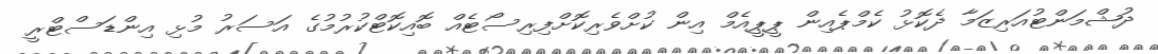
ދުޝްމަންޓުއަރިޒަމާ ދެކޮޅު ކެމްޕެއިން ޕީޕީއެމް އިން ކުށްވެރިކޮށްފިރިސޯޓެއް ބޮއިކޮޓްކުރުމުގެ އަސަރު މުޅި އިންޑަސްޓްރީ